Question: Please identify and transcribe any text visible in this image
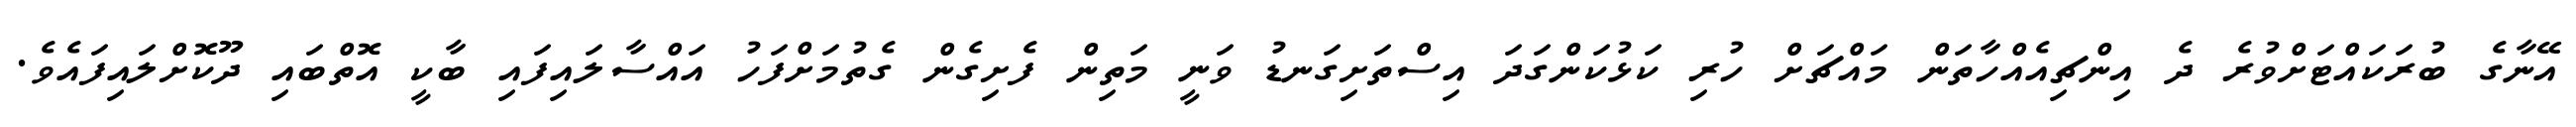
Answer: އޭނާގެ ބުރަކައްޓަށްވުރެ ދެ އިންޗިއެއްހާތަން މައްޗަށް ހުރި ކަޅުކަންގަދަ އިސްތަށިގަނޑު ވަނީ މަތިން ފެށިގެން ގެތުމަށްފަހު އައްސާލައިފައި ބާކީ އޮތްބައި ދޫކޮށްލައިފައެވެ.